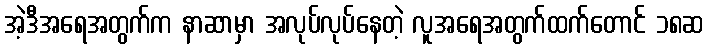
အဲ့ဒီအရေအတွက်က နာဆာမှာ အလုပ်လုပ်နေတဲ့ လူအရေအတွက်ထက်တောင် ၁၈ဆ